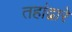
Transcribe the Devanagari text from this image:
तहांद्वारे